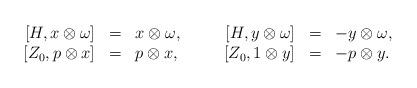
LaTeX: \begin{align*}\begin{array}{rclcrcl}\;\![H,x\otimes \omega] &=&x\otimes \omega, &\quad&[H,y\otimes \omega] &=&-y\otimes \omega,\\\;\![Z_0,p\otimes x] &=& p\otimes x, &\quad&[Z_0,1\otimes y] &=&-p\otimes y.\end{array}\end{align*}